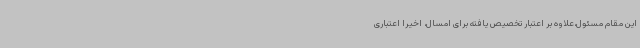
این مقام مسئول،علاوه بر اعتبار تخصیص یافته برای امسال، اخیرا اعتباری